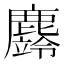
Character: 𪋚